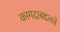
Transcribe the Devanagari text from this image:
कागदाबद्दलचे